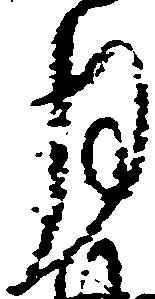
月